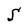
Character: S